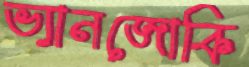
ভ্যানজোকি